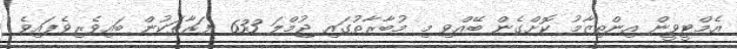
އެމްޓީވީން އިންތިޒާމު ކޮށްގެން ބޭއްވި މި މުބާރާތުގައި ޖުމްލަ 633 ފަރާތަކުން ބައިވެރިވެފައިވެ